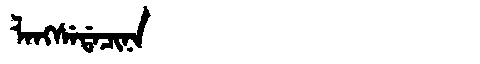
Manchu: ᠯᠠᠩᠰᡝᡩᠠᠴᡳᠨᠠ
Romanization: LANGSEDACINA